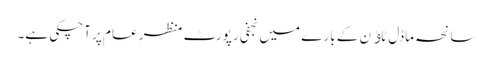
سانحہ ماڈل ٹاﺅن کے بارے میں نجفی رپورٹ منظرِ عام پر آچکی ہے۔